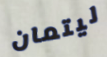
ليتمان